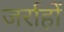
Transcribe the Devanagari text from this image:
जर्राहों